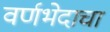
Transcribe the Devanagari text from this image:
वर्णभेदाचा